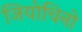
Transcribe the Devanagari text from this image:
जियोचिनो